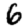
Digit: 6